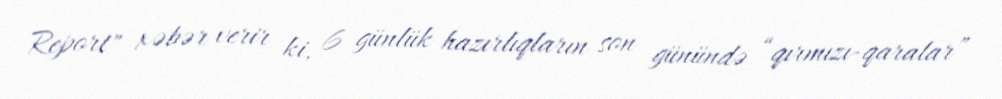
Report" xəbər verir ki, 6 günlük hazırlıqların son günündə “qırmızı-qaralar”